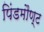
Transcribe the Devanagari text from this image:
पिंडमौण्ट